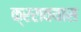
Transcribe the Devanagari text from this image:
क्ररावयास